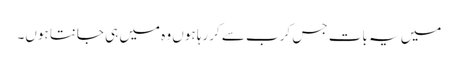
میں یہ بات جس کرب سے کررہا ہوں وہ میں ہی جانتا ہوں۔